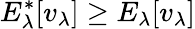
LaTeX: E_{\lambda}^{\ast}[v_{\lambda}]\geq E_{\lambda}[v_{\lambda}]